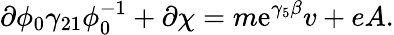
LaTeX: \partial\phi_{0}\gamma_{21}\phi_{0}^{-1}+\partial\chi=m\mathrm{e}^{\gamma_{5}\beta}v+eA.